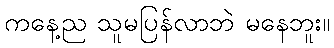
ကနေ့ည သူမပြန်လာဘဲ မနေဘူး။